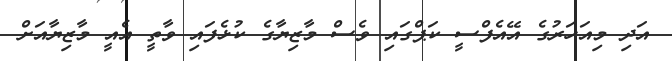
އަދި މިއަހަރުގެ އޭއެފްސީ ކަޕްގައި ވެސް މާޒިޔާގެ ކުޅެފައި ވާތީ އެއީ މާޒިޔާއަށް